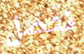
نتصل